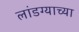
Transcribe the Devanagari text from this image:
लांडग्याच्या